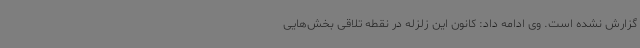
گزارش نشده است. وی ادامه داد: کانون این زلزله در نقطه تلاقی بخش‌هایی